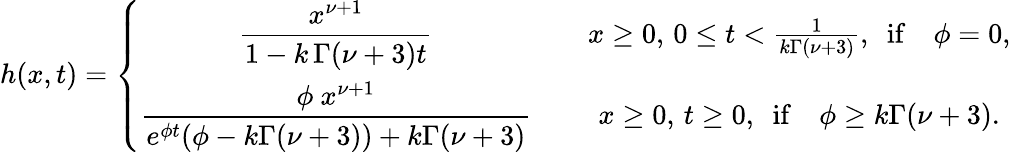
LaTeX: h(x,t)=\left\{ \begin{array}{cc}{\displaystyle\frac{x^{\nu+1}}{1-k\, \Gamma(\nu+3)t}}&{\quad x\geq 0,\, 0\leq t<\frac{1}{k\Gamma(\nu+3)},\, \, \, \mathrm{if}\quad\phi=0,}\\ {\displaystyle\frac{\phi\ x^{\nu+1}}{e^{\phi t}(\phi-k\Gamma(\nu+3))+k\Gamma(\nu+3)}}&{\quad x\geq 0,\, t\geq 0,\, \, \, \mathrm{if}\quad\phi\geq k\Gamma(\nu+3).}\end{array}\right.